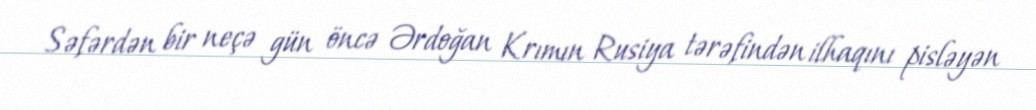
Səfərdən bir neçə gün öncə Ərdoğan Krımın Rusiya tərəfindən ilhaqını pisləyən